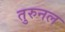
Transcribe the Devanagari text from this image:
तुरुनल